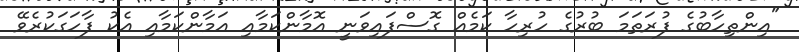
"އިންތިހާބުގެ ފުރަތަމަ ބުރުގެ ހުރިހާ ކަމެއް ގޮސްފައިވަނީ އޮމާންކަމާއި އަމާންކަމާއި އެކު ފާހަގަކުރެވޭ